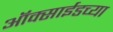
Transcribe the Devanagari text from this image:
ऑक्साईडच्या